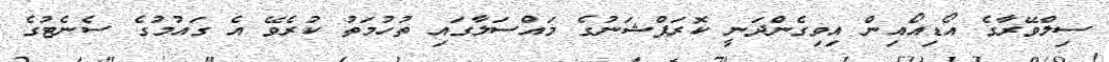
ސިލްވޭރާގެ އޯޑިއޯއިން އިވިގެންދަނީ ކޮރަޕްޝަނުގެ މައްސަލާގައި ތުުހުމަތު ކުރެވޭ އެ ގައުމުގެ ސެނެޓުގެ